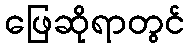
ဖြေဆိုရာတွင်